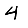
Digit: 4